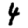
Digit: 4